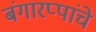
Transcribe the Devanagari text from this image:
बंगारप्पांचे